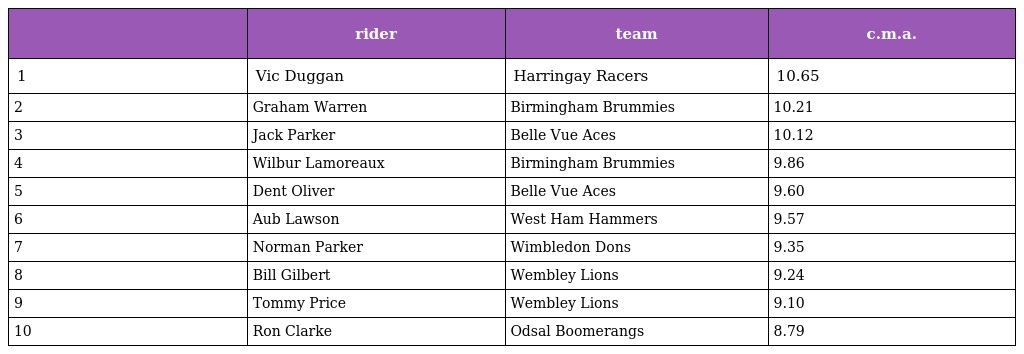
|  | rider | team | c.m.a. |
 | --- | --- | --- | --- |
 | 1 | Vic Duggan | Harringay Racers | 10.65 |
 | 2 | Graham Warren | Birmingham Brummies | 10.21 |
 | 3 | Jack Parker | Belle Vue Aces | 10.12 |
 | 4 | Wilbur Lamoreaux | Birmingham Brummies | 9.86 |
 | 5 | Dent Oliver | Belle Vue Aces | 9.60 |
 | 6 | Aub Lawson | West Ham Hammers | 9.57 |
 | 7 | Norman Parker | Wimbledon Dons | 9.35 |
 | 8 | Bill Gilbert | Wembley Lions | 9.24 |
 | 9 | Tommy Price | Wembley Lions | 9.10 |
 | 10 | Ron Clarke | Odsal Boomerangs | 8.79 |